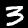
Label: 3